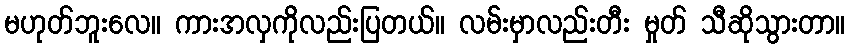
မဟုတ်ဘူးလေ။ ကားအလှကိုလည်းပြတယ်။ လမ်းမှာလည်းတီး မှုတ် သီဆိုသွားတာ။